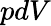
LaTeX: pdV